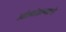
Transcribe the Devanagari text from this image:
ओलांडल्याचे